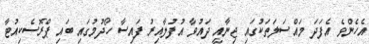
އެހެންވެ އެފަދަ މައްސަލަތަކުގައި ޖިނާއީ ދައުވާ އުފުލާއިރު ފައިސާ ހޯދުމުގައި ބައި ޕްރޮސެކިއުޓާ